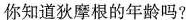
你知道狄摩根的年龄吗?